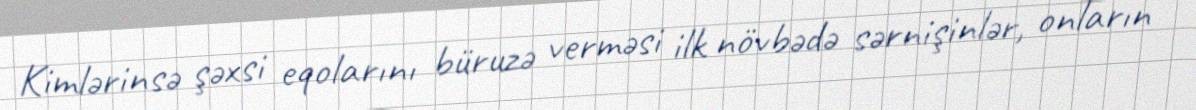
Kimlərinsə şəxsi eqolarını büruzə verməsi ilk növbədə sərnişinlər, onların